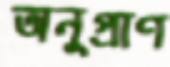
অনুপ্রাণ